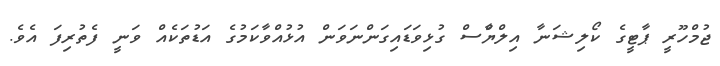
ޖުމްހޫރީ ޕާޓީގެ ކޯލިޝަނާ އިލްޔާްސް ގުޅިވަޑައިގަންނަވަން އުޅުއްވާކަމުގެ އަޑުތަކެއް ވަނީ ފެތުރިފަ އެވެ.